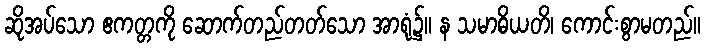
ဆိုအပ်သော ဧကတ္တကို ဆောက်တည်တတ်သော အာရုံ၌။ န သမာဓိယတိ၊ ကောင်းစွာမတည်။